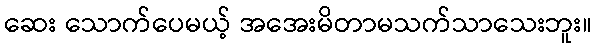
ဆေး သောက်ပေမယ့် အအေးမိတာမသက်သာသေးဘူး။